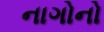
નાગોનો